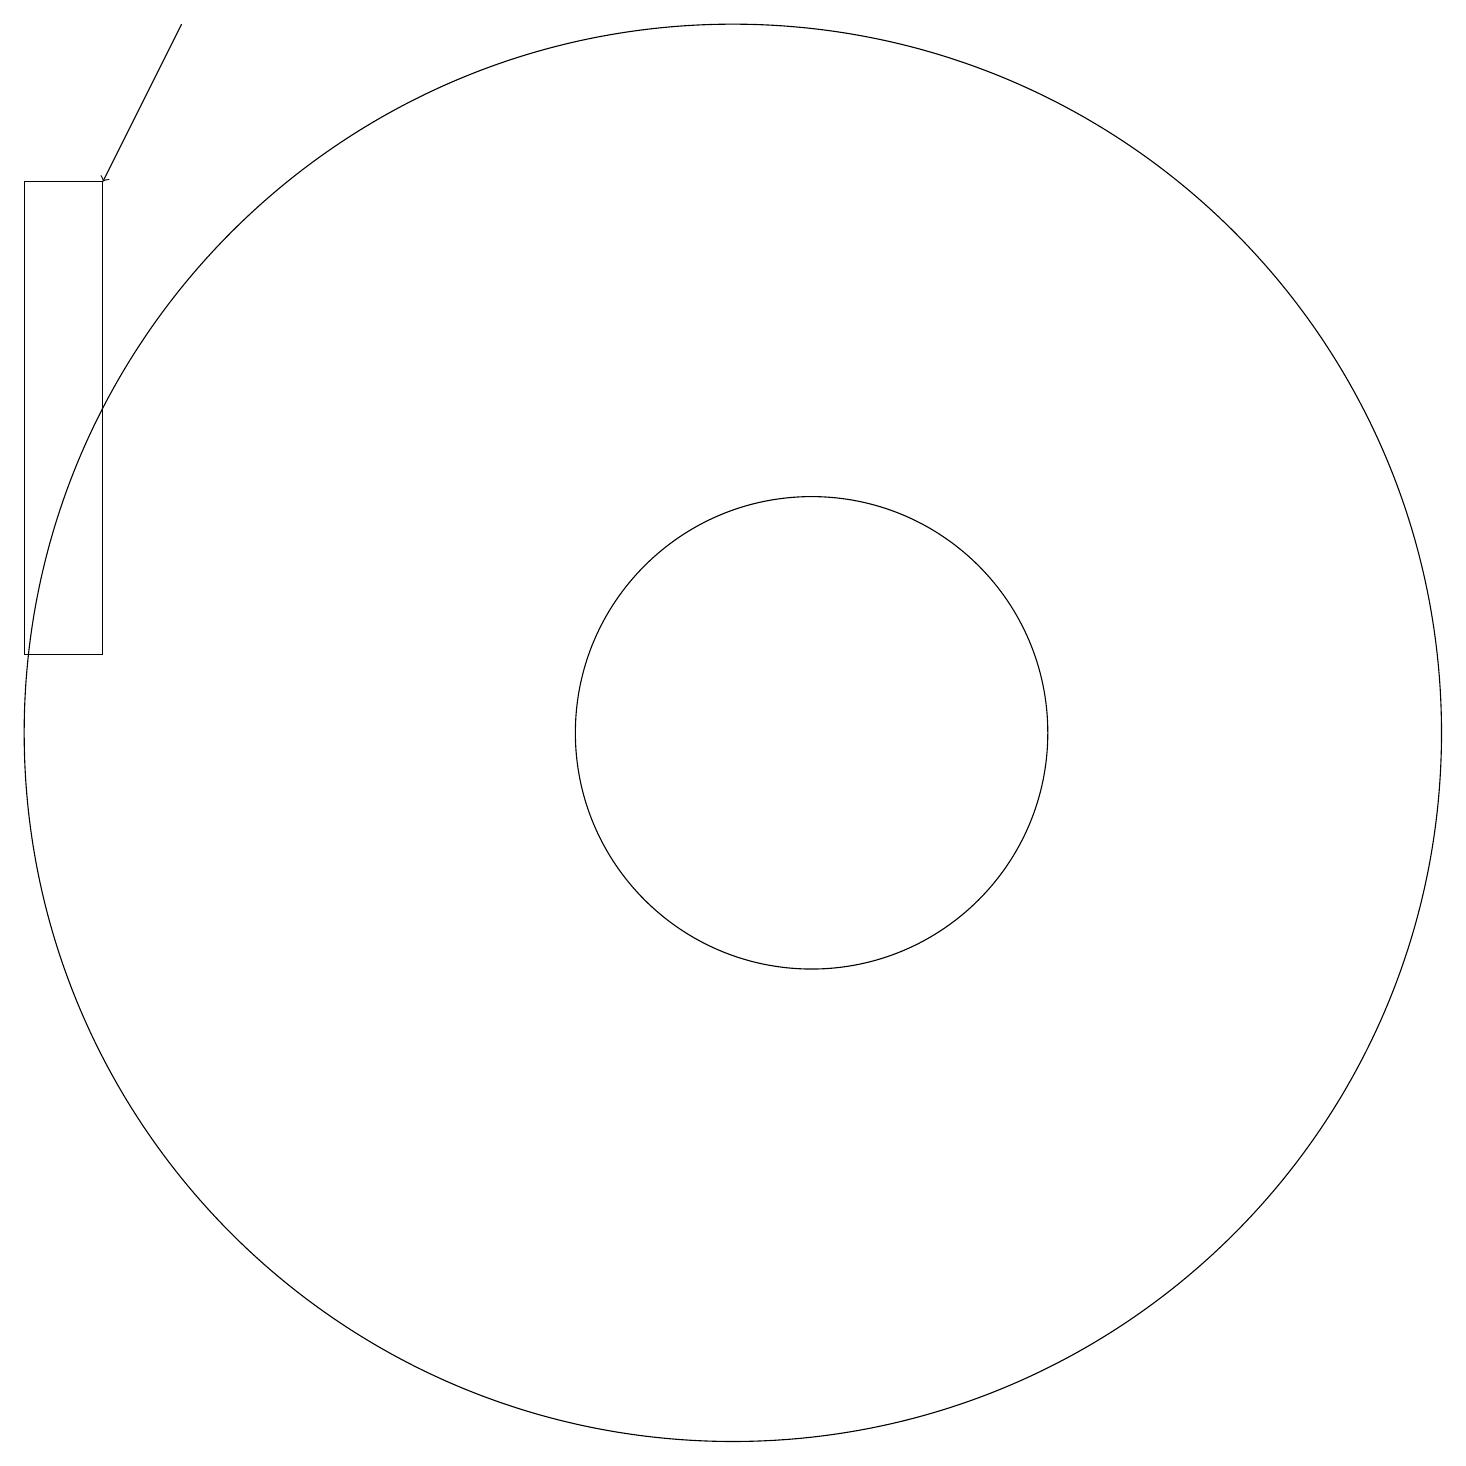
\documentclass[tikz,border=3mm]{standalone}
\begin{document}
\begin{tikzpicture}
\draw[->] (4,19) -- (3,17);
\draw (11,10) circle (9);
\draw (12,10) circle (3);
\draw (3,11) rectangle (2,17);
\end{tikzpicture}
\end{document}